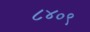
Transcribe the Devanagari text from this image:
८४०९